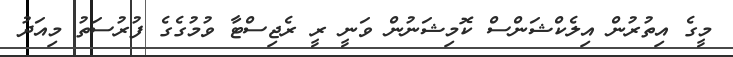
މީގެ އިތުރުން އިލެކްޝަންސް ކޮމިޝަނުން ވަނީ ރީ ރެޖިސްޓާ ވުމުގެގެ ފުރުސަތު މިއަދު